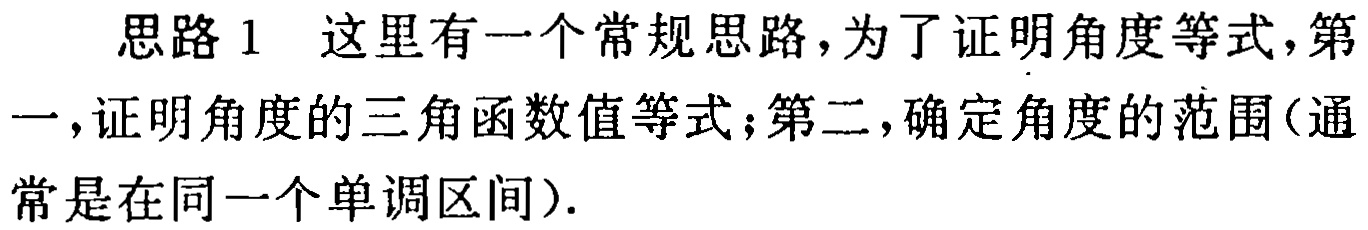
思路1 这里有一个常规思路，为了证明角度等式，第一，证明角度的三角函数值等式；第二，确定角度的范围（通常是在同一个单调区间）.